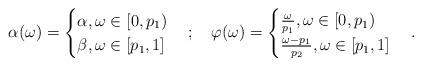
LaTeX: \begin{align*}\alpha(\omega)=\begin{cases} \alpha ,\omega\in[0,p_1)\\ \beta ,\omega\in[p_1,1] \end{cases};\quad\varphi(\omega)=\begin{cases} \frac{\omega}{p_1} ,\omega\in[0,p_1)\\ \frac{\omega-p_1}{p_2} ,\omega\in[p_1,1] \end{cases}.\end{align*}